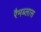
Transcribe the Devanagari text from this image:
रैमब्लास